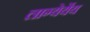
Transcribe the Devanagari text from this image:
लाग्येर्येय